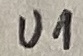
Text: U1